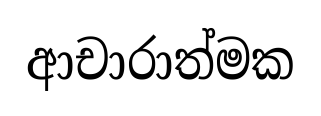
ආචාරාත්මක